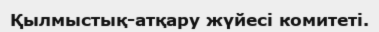
Қылмыстық-атқару жүйесі комитеті.